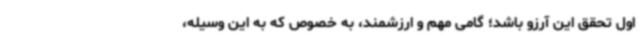
اول تحقق این آرزو باشد؛ گامی مهم و ارزشمند، به خصوص که به این وسیله،